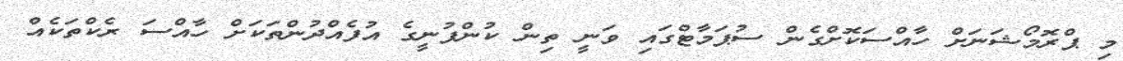
މި ޕްރޮމޯޝަނަށް ހާއްސަކޮށްގެން ސުޕަމާޓްގައި ވަނީ ތިން ކުންފުނީގެ އުފެއްދުންތަކަށް ހާއްސަ ރެކްތަކެއް